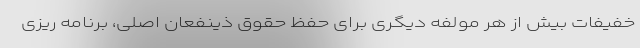
خفیفات بیش از هر مولفه دیگری برای حفظ حقوق ذینفعان اصلی، برنامه ریزی